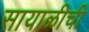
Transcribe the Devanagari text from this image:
सायाळीची